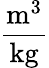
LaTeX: \frac{{\mathrm{m}}^{3}}{\mathrm{kg}}